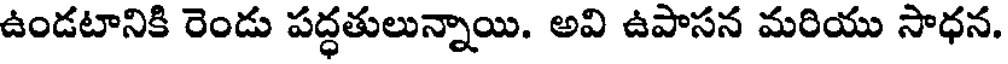
ఉండటానికి రెండు పద్ధతులున్నాయి. అవి ఉపాసన మరియు సాధన.